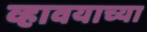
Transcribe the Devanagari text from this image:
व्हावयाच्या